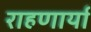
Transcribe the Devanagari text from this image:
राहणार्या